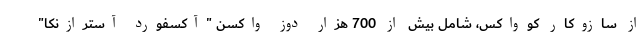
از سازوکار کوواکس، شامل بیش از 700 هزار دوز واکسن "آکسفورد آسترازنکا"